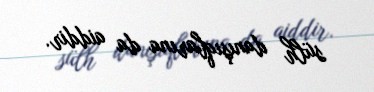
sülh danışıqlarına da aiddir.